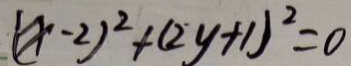
( x - 2 ) ^ { 2 } + ( 2 y + 1 ) ^ { 2 } = 0